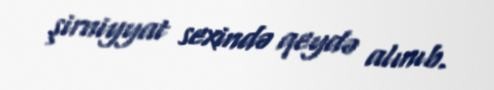
şirniyyat sexində qeydə alınıb.